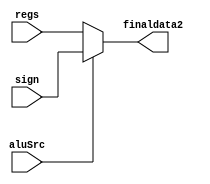
module MUX2(
	input aluSrc,
	input[31:0] regs,sign,//readData2 y signExtend
	output reg [31:0]finaldata2
);

always @*
begin 
	if(aluSrc)
		finaldata2=sign;
	else
		finaldata2=regs;
end

endmodule